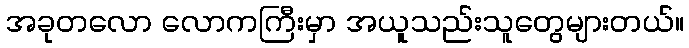
အခုတလော လောကကြီးမှာ အယူသည်းသူတွေများတယ်။